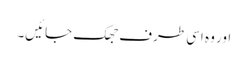
اور وہ اسی طرف جھک جائیں۔